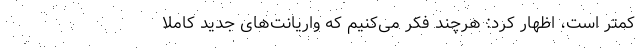
کمتر است، اظهار کرد: هرچند فکر می‌کنیم که واریانت‌های جدید کاملاً